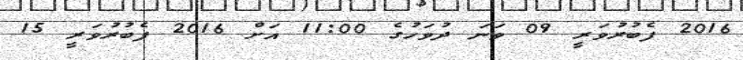
2016 ފެބުރުވަރީ 09 ވަނަ ދުވަހުގެ 11:00 އަށް 2016 ފެބުރުވަރީ 15